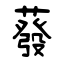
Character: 蕟